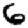
Digit: 6